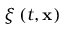
\xi \left( t , \mathbf { x } \right)